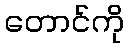
တောင်ကို